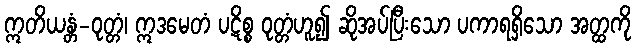
ဣတိယန္တံ-ဝုတ္တံ၊ ဣဒမေတံ ပဋိစ္စ ဝုတ္တံဟူ၍ ဆိုအပ်ပြီးသော ပကာရရှိသော အတ္ထကို